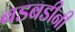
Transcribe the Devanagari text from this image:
बडबडीनी